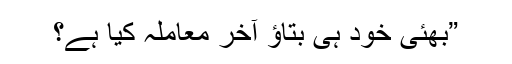
”بھئی خود ہی بتاؤ آخر معاملہ کیا ہے؟